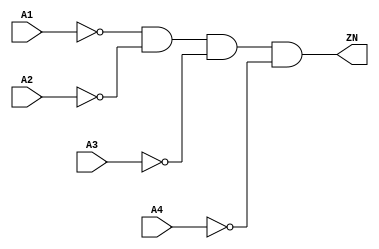
// Copyright 2022 GlobalFoundries PDK Authors
//
// Licensed under the Apache License, Version 2.0 (the "License");
// you may not use this file except in compliance with the License.
// You may obtain a copy of the License at
//
//      http://www.apache.org/licenses/LICENSE-2.0
//
// Unless required by applicable law or agreed to in writing, software
// distributed under the License is distributed on an "AS IS" BASIS,
// WITHOUT WARRANTIES OR CONDITIONS OF ANY KIND, either express or implied.
// See the License for the specific language governing permissions and
// limitations under the License.

module gf180mcu_fd_sc_mcu7t5v0__nor4_4( A4, A3, ZN, A2, A1 );
input A1, A2, A3, A4;
output ZN;

	wire A1_inv_for_gf180mcu_fd_sc_mcu7t5v0__nor4_4;

	not MGM_BG_0( A1_inv_for_gf180mcu_fd_sc_mcu7t5v0__nor4_4, A1 );

	wire A2_inv_for_gf180mcu_fd_sc_mcu7t5v0__nor4_4;

	not MGM_BG_1( A2_inv_for_gf180mcu_fd_sc_mcu7t5v0__nor4_4, A2 );

	wire A3_inv_for_gf180mcu_fd_sc_mcu7t5v0__nor4_4;

	not MGM_BG_2( A3_inv_for_gf180mcu_fd_sc_mcu7t5v0__nor4_4, A3 );

	wire A4_inv_for_gf180mcu_fd_sc_mcu7t5v0__nor4_4;

	not MGM_BG_3( A4_inv_for_gf180mcu_fd_sc_mcu7t5v0__nor4_4, A4 );

	and MGM_BG_4( ZN, A1_inv_for_gf180mcu_fd_sc_mcu7t5v0__nor4_4, A2_inv_for_gf180mcu_fd_sc_mcu7t5v0__nor4_4, A3_inv_for_gf180mcu_fd_sc_mcu7t5v0__nor4_4, A4_inv_for_gf180mcu_fd_sc_mcu7t5v0__nor4_4 );

endmodule